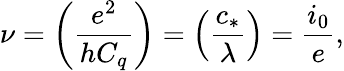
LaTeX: \nu=\left(\frac{e^{2}}{hC_{q}}\right)=\left(\frac{c_{*}}{\lambda}\right)=\frac{i_{0}}{e},